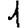
Digit: 1